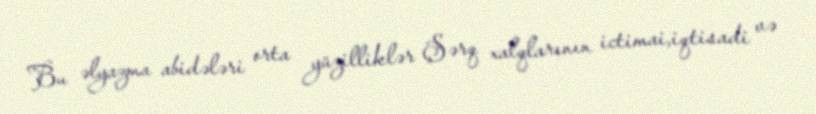
Bu əlyazma abidələri orta yüzilliklər Şərq xalqlarının ictimai,iqtisadi və